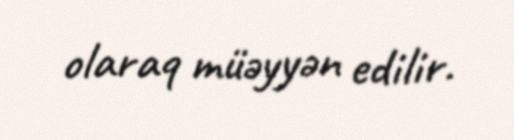
olaraq müəyyən edilir.